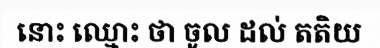
នោះ ឈ្មោះ ថា ចូល ដល់ តតិយ